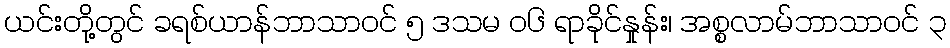
ယင်းတို့တွင် ခရစ်ယာန်ဘာသာဝင် ၅ ဒသမ ၀၆ ရာခိုင်နှုန်း၊ အစ္စလာမ်ဘာသာဝင် ၃